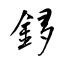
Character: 鉹